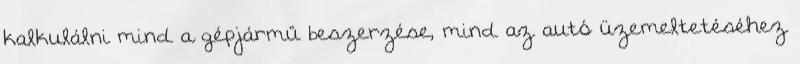
kalkulálni mind a gépjármű beszerzése, mind az autó üzemeltetéséhez